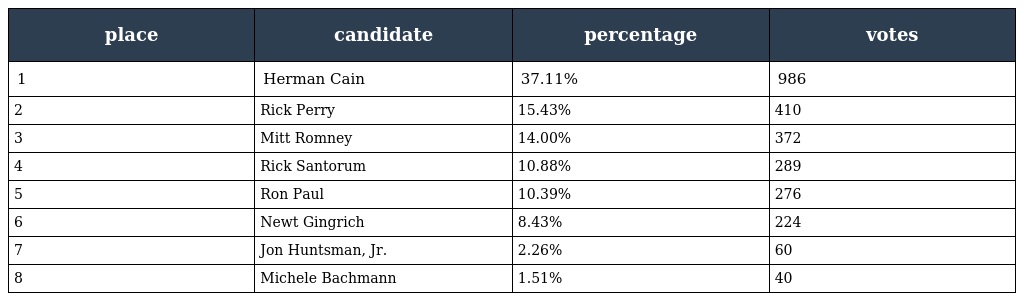
| place | candidate | percentage | votes |
 | --- | --- | --- | --- |
 | 1 | Herman Cain | 37.11% | 986 |
 | 2 | Rick Perry | 15.43% | 410 |
 | 3 | Mitt Romney | 14.00% | 372 |
 | 4 | Rick Santorum | 10.88% | 289 |
 | 5 | Ron Paul | 10.39% | 276 |
 | 6 | Newt Gingrich | 8.43% | 224 |
 | 7 | Jon Huntsman, Jr. | 2.26% | 60 |
 | 8 | Michele Bachmann | 1.51% | 40 |